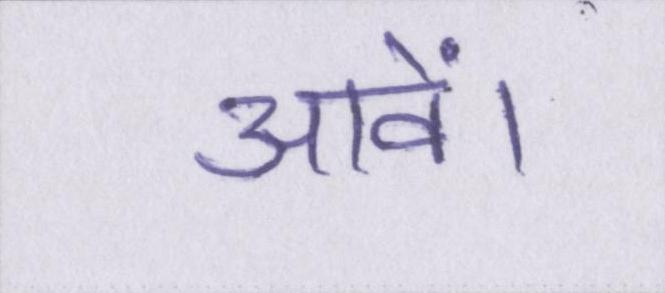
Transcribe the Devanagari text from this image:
आवें।